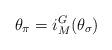
LaTeX: \begin{align*}\theta_\pi=i_M^G(\theta_\sigma)\end{align*}